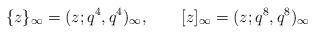
LaTeX: \begin{align*}\{z\}_\infty=(z;q^4,q^4)_\infty,\qquad[z]_\infty=(z;q^8,q^8)_\infty\end{align*}